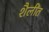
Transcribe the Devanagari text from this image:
शैलींत